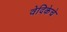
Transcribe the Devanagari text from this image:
वेदिकेचे